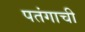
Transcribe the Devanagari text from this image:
पतंगाची